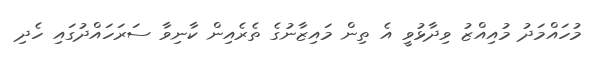
މުހައްމަދު މުއިއްޒު ވިދާޅުވީ އެ ތިން މައިޒާނުގެ ތެރެއިން ކާނިވާ ސަރަހައްދުގައި ހެދި